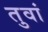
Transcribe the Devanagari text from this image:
तुवां